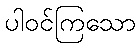
ပါဝင်ကြသော